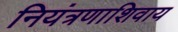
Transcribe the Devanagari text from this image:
नियंत्रणाशिवाय